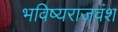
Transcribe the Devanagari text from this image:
भविष्यराजवंश